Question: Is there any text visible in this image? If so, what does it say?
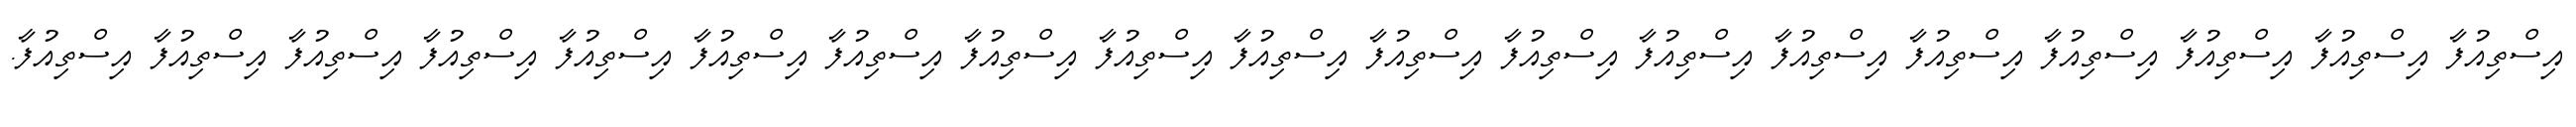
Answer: އިސްތިއުފާ އިސްތިއުފާ އިސްތިއުފާ އިސްތިއުފާ އިސްތިއުފާ އިސްތިއުފާ އިސްތިއުފާ އިސްތިއުފާ އިސްތިއުފާ އިސްތިއުފާ އިސްތިއުފާ އިސްތިއުފާ އިސްތިއުފާ އިސްތިއުފާ އިސްތިއުފާ އިސްތިއުފާ އިސްތިއުފާ އިސްތިއުފާ އިސްތިއުފާ.